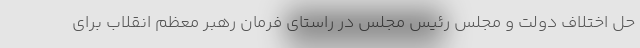
حل اختلاف دولت و مجلس رئیس مجلس در راستای فرمان رهبر معظم انقلاب برای